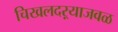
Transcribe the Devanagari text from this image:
चिखलदऱ्याजवळ